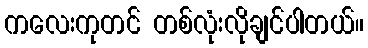
ကလေးကုတင် တစ်လုံးလိုချင်ပါတယ်။